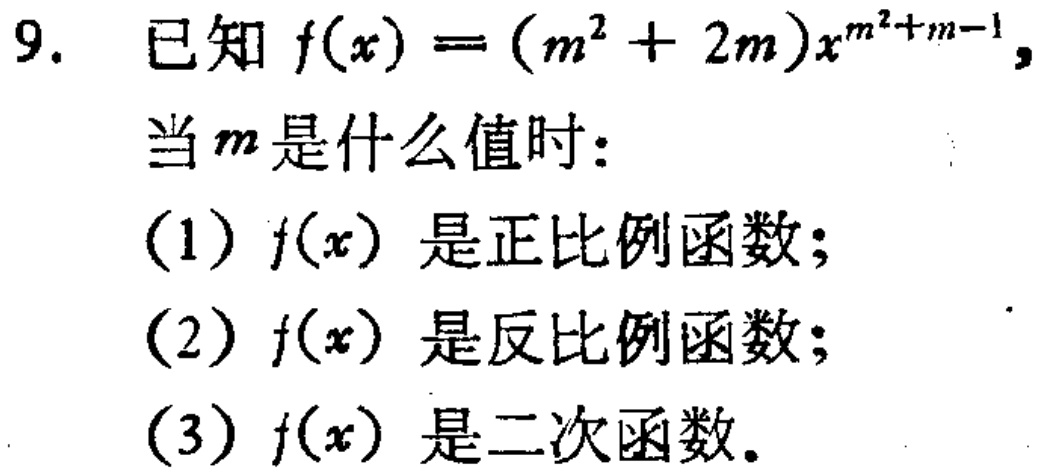
9. 已知$f(x)=(m^{2}+2m)x^{m^{2}+m - 1}$，

当$m$是什么值时：

(1)$f(x)$是正比例函数；

(2)$f(x)$是反比例函数；

(3)$f(x)$是二次函数。